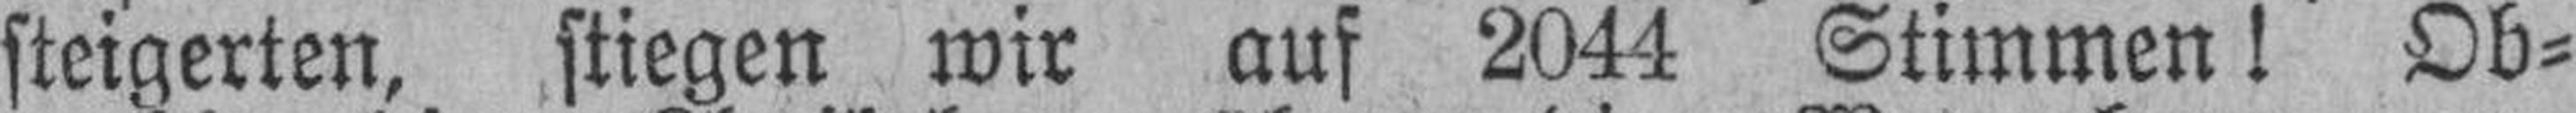
steigerten, stiegen wir auf 2044 Stimmen! Ob¬